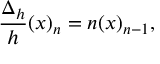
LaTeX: { \frac { \Delta _ { h } } { h } } ( x ) _ { n } = n ( x ) _ { n - 1 } ,